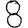
Digit: 8